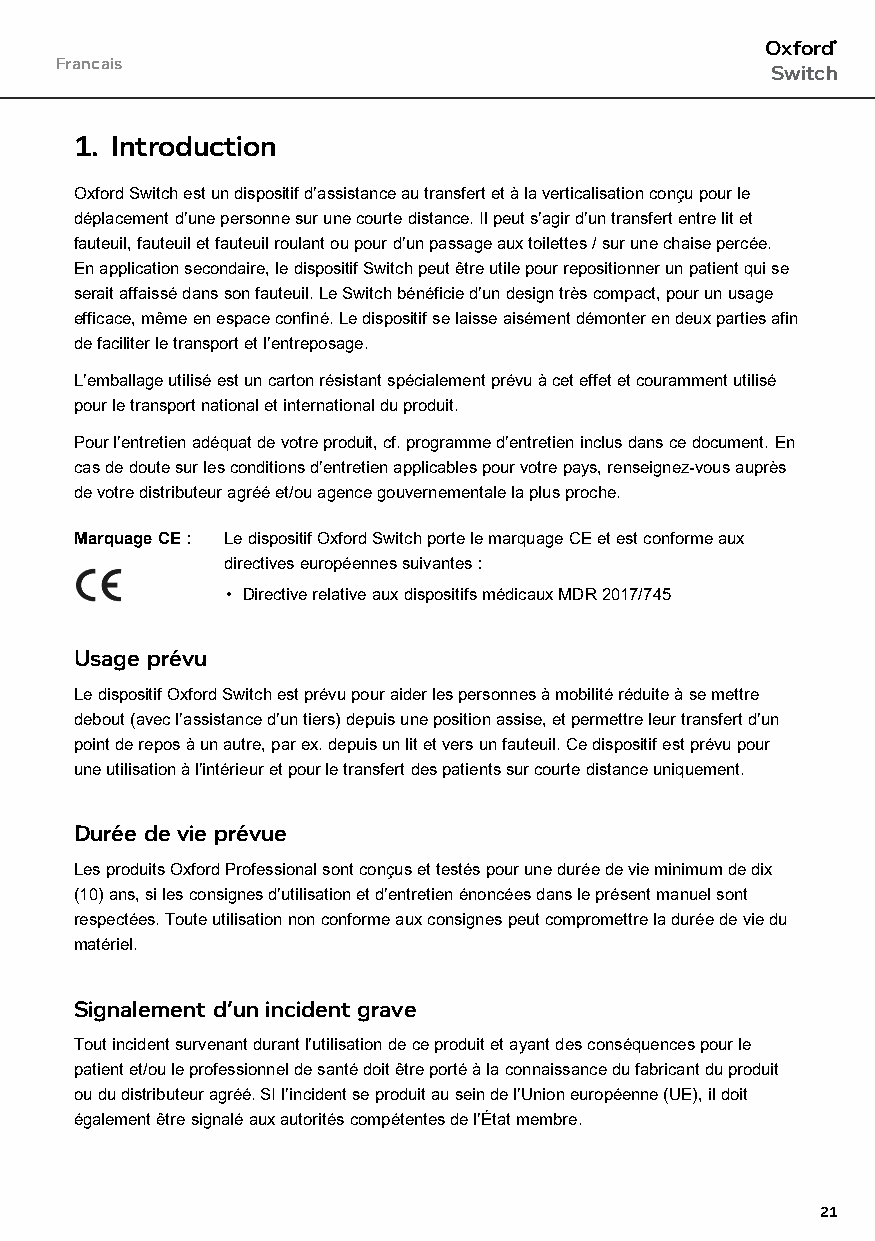
Oxford®
 Francais
 Switch
 1. Introduction
 Oxford Switch est un dispositif d’assistance au transfert et à la verticalisation conçu pour le
 déplacement d’une personne sur une courte distance. Il peut s’agir d’un transfert entre lit et
 fauteuil, fauteuil et fauteuil roulant ou pour d’un passage aux toilettes / sur une chaise percée.
 En application secondaire, le dispositif Switch peut être utile pour repositionner un patient qui se
 serait affaissé dans son fauteuil. Le Switch bénéficie d’un design très compact, pour un usage
 efficace, même en espace confiné. Le dispositif se laisse aisément démonter en deux parties afin
 de faciliter le transport et l’entreposage.
 L’emballage utilisé est un carton résistant spécialement prévu à cet effet et couramment utilisé
 pour le transport national et international du produit.
 Pour l’entretien adéquat de votre produit, cf. programme d’entretien inclus dans ce document. En
 cas de doute sur les conditions d’entretien applicables pour votre pays, renseignez-vous auprès
 de votre distributeur agréé et/ou agence gouvernementale la plus proche.
 Marquage CE : Le dispositif Oxford Switch porte le marquage CE et est conforme aux
 directives européennes suivantes :
 • Directive relative aux dispositifs médicaux MDR 2017/745
 Usage prévu
 Le dispositif Oxford Switch est prévu pour aider les personnes à mobilité réduite à se mettre
 debout (avec l’assistance d’un tiers) depuis une position assise, et permettre leur transfert d’un
 point de repos à un autre, par ex. depuis un lit et vers un fauteuil. Ce dispositif est prévu pour
 une utilisation à l’intérieur et pour le transfert des patients sur courte distance uniquement.
 Durée de vie prévue
 Les produits Oxford Professional sont conçus et testés pour une durée de vie minimum de dix
 (10) ans, si les consignes d’utilisation et d’entretien énoncées dans le présent manuel sont
 respectées. Toute utilisation non conforme aux consignes peut compromettre la durée de vie du
 matériel.
 Signalement d’un incident grave
 Tout incident survenant durant l’utilisation de ce produit et ayant des conséquences pour le
 patient et/ou le professionnel de santé doit être porté à la connaissance du fabricant du produit
 ou du distributeur agréé. SI l’incident se produit au sein de l’Union européenne (UE), il doit
 également être signalé aux autorités compétentes de l’État membre.
 21